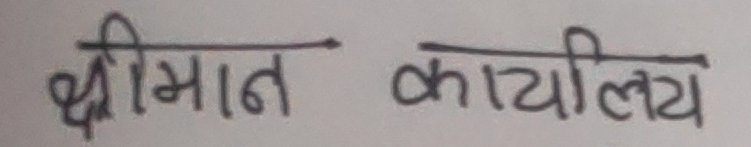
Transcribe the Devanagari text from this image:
श्रीमान कार्यालय